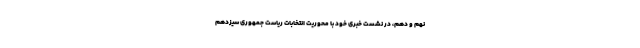
نهم و دهم، در نشست خبری خود با محوریت انتخابات ریاست جمهوری سیزدهم